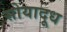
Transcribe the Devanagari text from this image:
सोयादूध